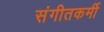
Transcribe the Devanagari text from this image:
संगीतकर्मी